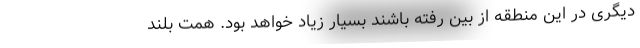
دیگری در این منطقه از بین رفته باشند بسیار زیاد خواهد بود. همت بلند